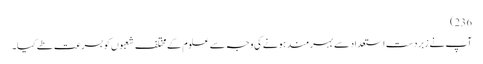
236)
آپ نے زبردست استعداد سے بہر مند ہونے کی وجہ سے علوم کے مختلف شعبوں کو بسرعت طے کیا۔